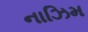
નાઝિમ